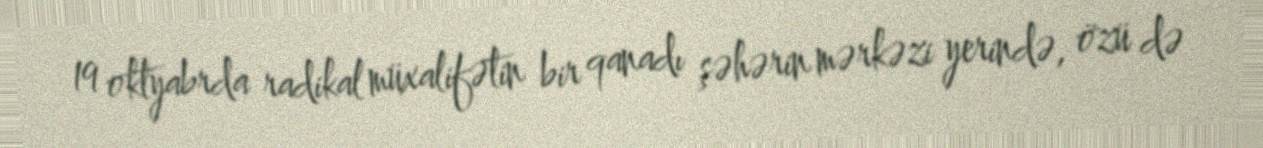
19 oktyabrda radikal müxalifətin bir qanadı şəhərin mərkəzi yerində, özü də